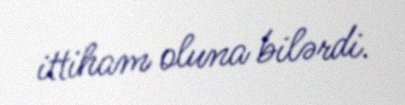
ittiham oluna bilərdi.